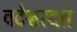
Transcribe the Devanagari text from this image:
वटेश्वरदत्त